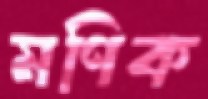
মণিক